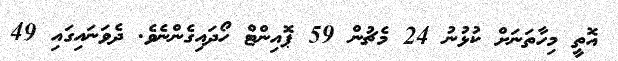
އޮތީ މިހާތަނަށް ކުޅުނު 24 މެޗުން 59 ޕޮއިންޓް ހޯދައިގެންނެވެ. ދެވަނައިގައި 49